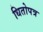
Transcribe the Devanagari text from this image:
धितोपत्र